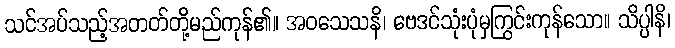
သင်အပ်သည့်အတတ်တို့မည်ကုန်၏။ အဝသေသနိ၊ ဗေဒင်သုံးပုံမှကြွင်းကုန်သော။ သိပ္ပါနိ၊